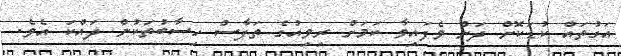
އަގުތައް ކުޑަކޮށް ދަށް ވެފައިވާ ކަމަށް ރިވިއުގެ ތަފާސް ހިސާބުތަކުން ދައްކަ އެވެ.